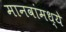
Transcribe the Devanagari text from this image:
मानवांमध्ये